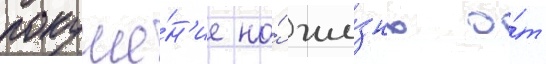
покуше́н'ие на́ жи́знь о́т